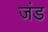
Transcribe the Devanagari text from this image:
जंड